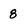
Character: 8